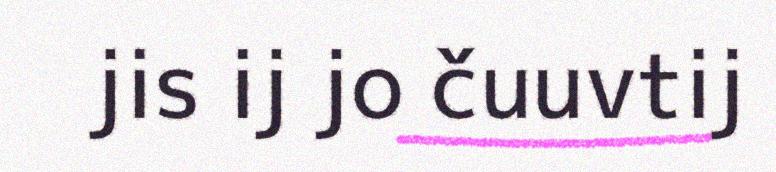
jis ij jo čuuvtij